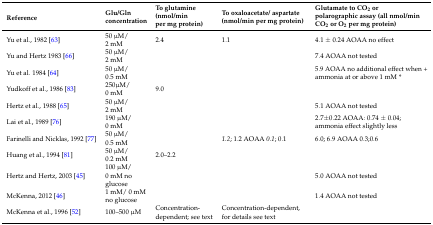
<table><thead><tr><td><b>Reference</b></td><td><b>Glu/Gln concentration</b></td><td><b>To glutamine (nmol/min per mg protein)</b></td><td><b>To oxaloacetate/aspartate (nmol/min per mg protein)</b></td><td><b>Glutamate to CO<sub>2</sub> or polarographic assay (all nmol/min CO<sub>2</sub> or O<sub>2</sub> per mg protein)</b></td></tr></thead><tbody><tr><td>Yu et al., 1982 [63]</td><td>50 μM/2 mM</td><td>2.4</td><td>1.1</td><td>4.1 ± 0.24 AOAA no effect</td></tr><tr><td>Yu and Hertz 1983 [66]</td><td>50 μM/2 mM</td><td></td><td></td><td>7.4 AOAA not tested</td></tr><tr><td>Yu et al. 1984 [64]</td><td>50 μM/0.5 mM</td><td></td><td></td><td>5.9 AOAA no additional effect when + ammonia at or above 1 mM *</td></tr><tr><td>Yudkoff et al., 1986 [83] </td><td>250μM/0 mM</td><td>9.0</td><td></td><td></td></tr><tr><td>Hertz et al., 1988 [65]</td><td>50 μM/2 mM</td><td></td><td></td><td>5.1 AOAA not tested</td></tr><tr><td>Lai et al., 1989 [76]</td><td>190 μM/0 mM</td><td></td><td></td><td>2.7±0.22 AOAA: 0.74 ± 0.04; ammonia effect slightly less</td></tr><tr><td>Farinelli and Nicklas, 1992 [77]</td><td>50 μM/0.5 mM</td><td></td><td><i>1.2</i>; 1.2 AOAA <i>0.1</i>; 0.1</td><td>6.0; 6.9 AOAA 0.3;0.6</td></tr><tr><td>Huang et al., 1994 [81]</td><td>50 μM/0.2 mM</td><td>2.0–2.2</td><td></td><td></td></tr><tr><td>Hertz and Hertz, 2003 [45]</td><td>100 μM/0 mM no glucose</td><td></td><td></td><td>5.0 AOAA not tested</td></tr><tr><td>McKenna, 2012 [46]</td><td>1 mM/0 mM no glucose</td><td></td><td></td><td>1.4 AOAA not tested</td></tr><tr><td>McKenna et al., 1996 [52]</td><td>100–500 μM</td><td>Concentration-dependent; see text</td><td>Concentration-dependent, for details see text</td><td></td></tr></tbody></table>